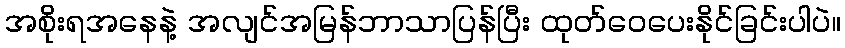
အစိုးရအနေနဲ့ အလျင်အမြန်ဘာသာပြန်ပြီး ထုတ်ဝေပေးနိုင်ခြင်းပါပဲ။